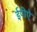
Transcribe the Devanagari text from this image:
ईपीऐ